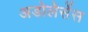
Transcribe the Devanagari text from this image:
अडोलेसेंस